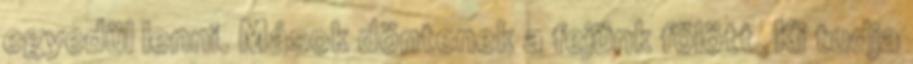
egyedül lenni. Mások döntenek a fejünk fölött. Ki tudja